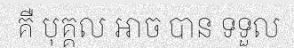
គឺ បុគ្គល ឤច បាន ទទួល